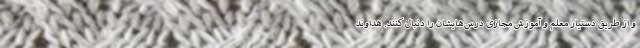
و از طریق دستیار معلم و آموزش مجازی درس‌هایشان را دنبال کنند. هداوند